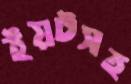
ইয়টসহ